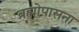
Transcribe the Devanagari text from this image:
ब्रह्मोपासना